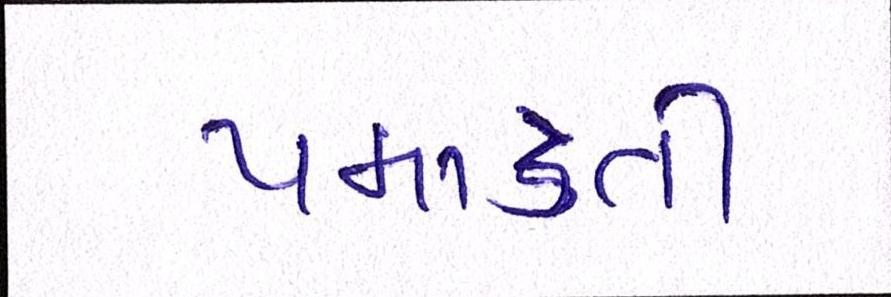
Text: પમાડતી